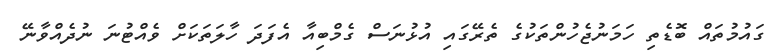
ގައުމުތައް ބޮޑެތި ހަމަނުޖެހުންތަކުގެ ތެރޭގައި އުޅުނަސް ގެމްބިއާ އެފަދަ ހާލަތަކަށް ވެއްޓުނަ ނުދެއްވާނޭ